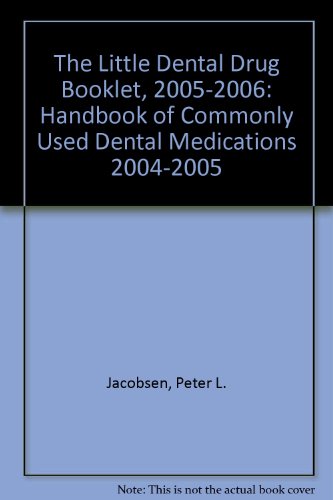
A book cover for The Little Dental Drug Booklet, 2005-2006: Handbook of Commonly Used Dental Medications 2004-2005; Peter L. Jacobsen; Medical Books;